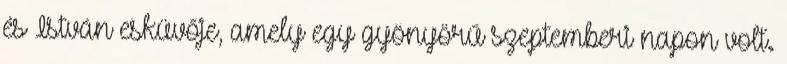
és István esküvője, amely egy gyönyörű szeptemberi napon volt.